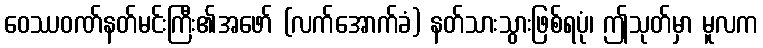
ဝေဿဝဏ်နတ်မင်းကြီး၏အဖော် (လက်အောက်ခံ) နတ်သားသွားဖြစ်ရပုံ၊ ဤသုတ်မှာ မူလက